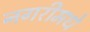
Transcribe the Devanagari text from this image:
नगरीमधे